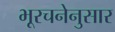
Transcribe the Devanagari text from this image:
भूरचनेनुसार